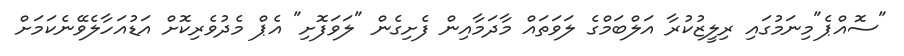
"ސޮއްޕެ"މިނަމުގައި ރިލީޒުކުރާ އަލްބަމްގެ ލަވަތައް މާދަމާއިން ފެށިގެން "ލަވަފޮށި" އެޕް މެދުވެރިކޮށް އަޑުއަހާލެވޭނެކަމަށް